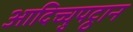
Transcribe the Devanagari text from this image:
आदिच्चुपट्ठान